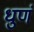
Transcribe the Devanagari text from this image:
धुणं